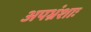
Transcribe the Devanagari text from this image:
अपभ्रंशाः